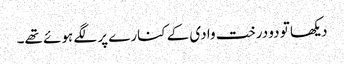
دیکھا تو دو درخت وادی کے کنارے پر لگے ہوئے تھے۔